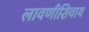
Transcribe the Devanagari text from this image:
लावणीशिवाय